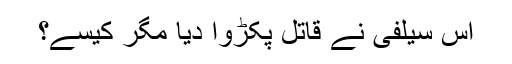
اس سیلفی نے قاتل پکڑوا دیا مگر کیسے؟